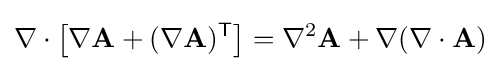
\nabla \cdot {\big [}\nabla \mathbf {A} +(\nabla \mathbf {A} )^{\textsf {T}}{\big ]}=\nabla ^{2}\mathbf {A} +\nabla (\nabla \cdot \mathbf {A} )